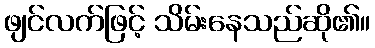
ဖျင်လက်ဖြင့် သိမ်းနေသည်ဆို၏။